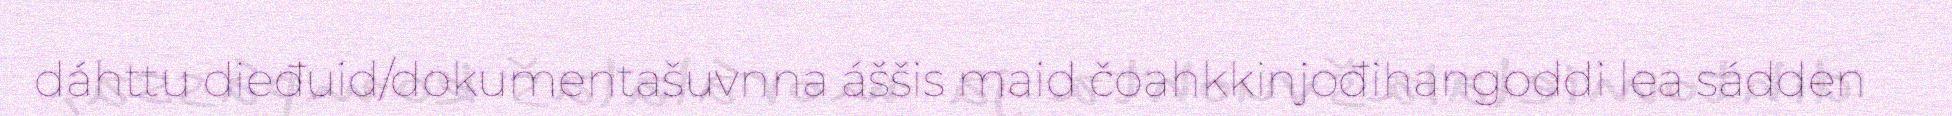
dáhttu dieđuid/dokumentašuvnna áššis maid čoahkkinjođihangoddi lea sádden